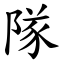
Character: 隊